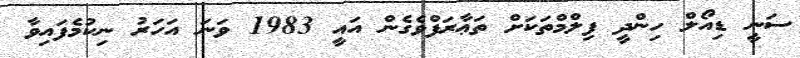
ސަނީ ޑިއޯލް ހިންދީ ފިލްމްތަކަށް ތަޢާރަފްވެގެން އައީ 1983 ވަނަ އަހަރު ނިކުމެފައިވާ